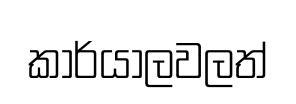
කාර්යාලවලත්